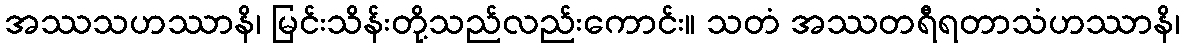
အဿသဟဿာနိ၊ မြင်းသိန်းတို့သည်လည်းကောင်း။ သတံ အဿတရီရတာသံဟဿာနိ၊